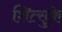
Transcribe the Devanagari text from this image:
शित्सुके